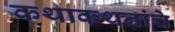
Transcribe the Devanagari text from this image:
कथाकथनांचे